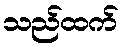
သည်ထက်